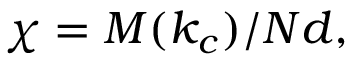
\centering \chi = M ( k _ { c } ) / N d ,